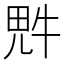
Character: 𪽑